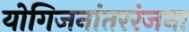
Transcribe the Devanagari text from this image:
योगिजनांतररंजना